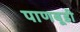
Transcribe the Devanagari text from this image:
पाणबूडी